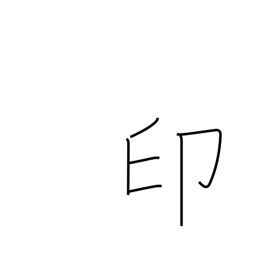
Meaning: seal